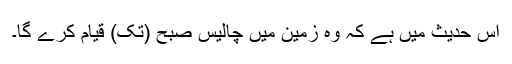
اس حدیث میں ہے کہ وہ زمین میں چالیس صبح (تک) قیام کرے گا۔